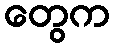
တွေက